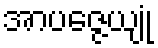
အာပဇ္ဇေယျုံ